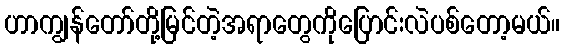
ဟာကျွန်တော်တို့မြင်တဲ့အရာတွေကိုပြောင်းလဲပစ်တော့မယ်။